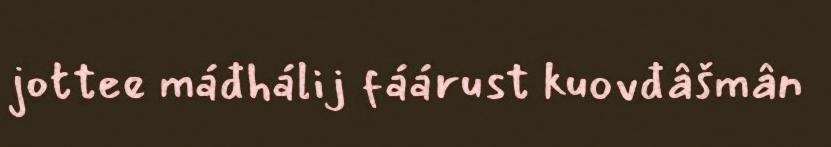
jottee máđhálij fáárust kuovđâšmân